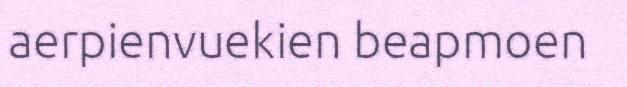
aerpienvuekien beapmoen